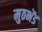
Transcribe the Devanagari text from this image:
मुठभेंड